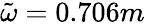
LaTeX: \tilde{\omega}=0.706m